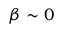
\beta \sim 0